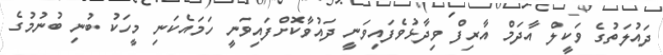
ދައުލަތުގެ ވަކީލް އާދަމް އާރިފް ވިދާޅުވެފައިވަނީ ދައުވާކޮަށްފައިވަނީ ހަމައެކަނި މީހަކު ބުނި ބުނުމުގެ